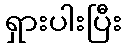
ရှားပါးပြီး